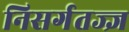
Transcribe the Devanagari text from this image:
निसर्गतज्ज्ञ